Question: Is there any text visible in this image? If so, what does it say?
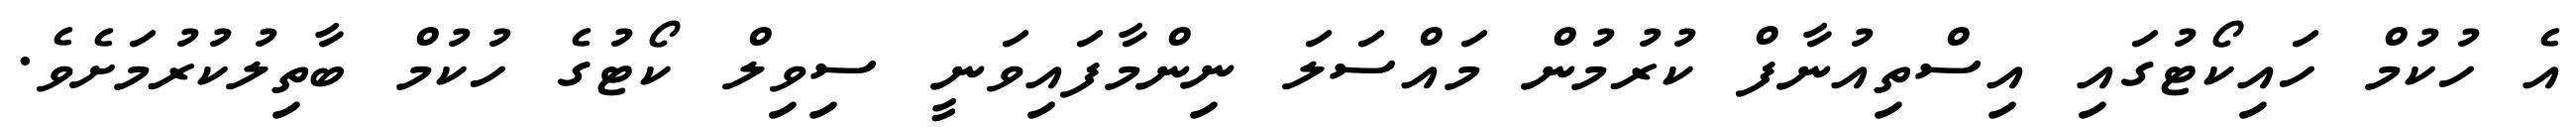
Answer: އެ ހުކުމް ހައިކޯޓުގައި އިސްތިއުނާފް ކުރުމުން މައްސަލަ ނިންމާފައިވަނީ ސިވިލް ކޯޓުގެ ހުކުމް ބާތިލުކުރުމަށެވެ.